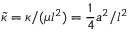
\widetilde { { \kappa } } = { \kappa } / ( \mu l ^ { 2 } ) = \frac { 1 } { 4 } a ^ { 2 } / l ^ { 2 }